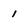
Character: 1